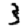
Digit: 3